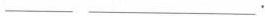
___ ___.